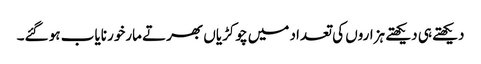
دیکھتے ہی دیکھتے ہزاروں کی تعداد میں چوکڑیاں بھرتے مارخور نایاب ہو گئے۔